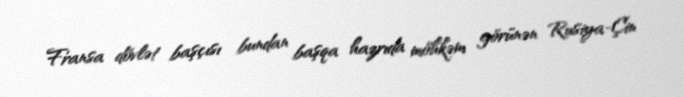
Fransa dövlət başçısı bundan başqa hazrıda möhkəm görünən Rusiya-Çin